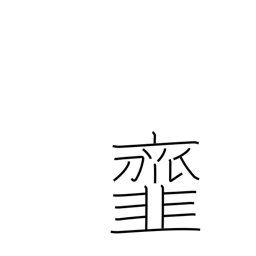
Meaning: dress (salad) vegetables